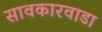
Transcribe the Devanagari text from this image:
सावकारवाडा